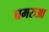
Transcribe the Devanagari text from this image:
चमरुआ